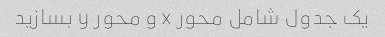
یک جدول شامل محور x و محور y بسازید